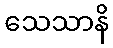
သေသာနိ